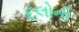
દલોની